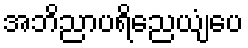
အဘိညာပရိညေယျံပေ